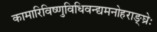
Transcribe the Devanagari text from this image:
कामारिविष्णुविधिवन्द्यमनोहराङ्घ्रेः